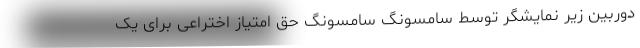
دوربین زیر نمایشگر توسط سامسونگ سامسونگ حق امتیاز اختراعی برای یک